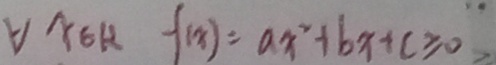
\forall x 6 R f _ { x } = a x ^ { 2 } + b x + c \geq 0